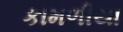
કામળીયા